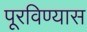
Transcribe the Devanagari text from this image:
पूरविण्यास